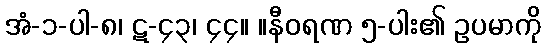
အံ-၁-ပါ-၈၊ ဋ-၄၃၊ ၄၄။ ။နီဝရဏ ၅-ပါး၏ ဥပမာကို